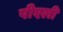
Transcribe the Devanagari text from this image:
पीएली